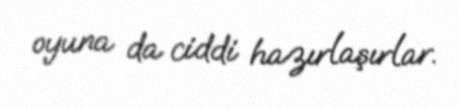
oyuna da ciddi hazırlaşırlar.